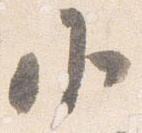
小